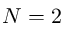
N = 2